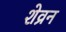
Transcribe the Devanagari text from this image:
शेव्रन